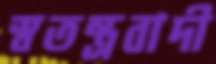
স্বতন্ত্রবাদী